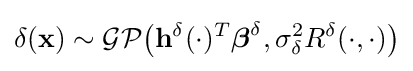
\delta (\mathbf {x} )\sim {\mathcal {GP}}{\big (}\mathbf {h} ^{\delta }(\cdot )^{T}{\boldsymbol {\beta }}^{\delta },\sigma _{\delta }^{2}R^{\delta }(\cdot ,\cdot ){\big )}